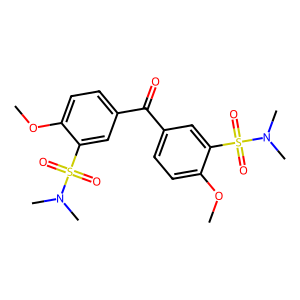
SMILES: COc1ccc(C(=O)c2ccc(OC)c(S(=O)(=O)N(C)C)c2)cc1S(=O)(=O)N(C)C
Inhibits HIV replication: No